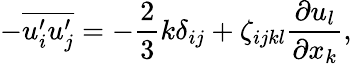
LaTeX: -\overline{{u_{i}^{\prime}u_{j}^{\prime}}}=-\frac{2}{3}k\delta_{ij}+\zeta_{ijkl}\frac{\partial u_{l}}{\partial x_{k}},